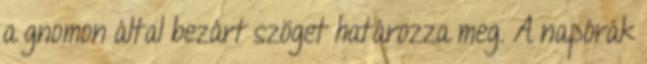
a gnomon által bezárt szöget határozza meg. A napórák